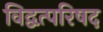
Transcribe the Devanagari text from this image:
विद्वत्परिषद